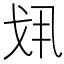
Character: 𢦚